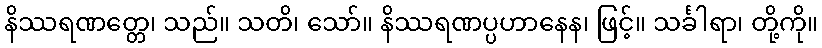
နိဿရဏတ္တေ၊ သည်။ သတိ၊ သော်။ နိဿရဏပ္ပဟာနေန၊ ဖြင့်။ သင်္ခါရာ၊ တို့ကို။